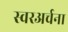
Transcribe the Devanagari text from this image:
स्वरअर्चना